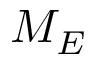
M _ { E }